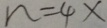
n = 4 x